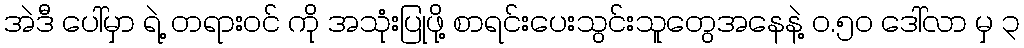
အဲဒီ ပေါ်မှာ ရဲ့ တရားဝင် ကို အသုံးပြုဖို့ စာရင်းပေးသွင်းသူတွေအနေနဲ့ ဝ.၅၀ ဒေါ်လာ မှ ၃